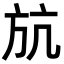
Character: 𣃚